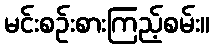
မင်းစဉ်းစားကြည့်စမ်း။